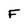
Character: F